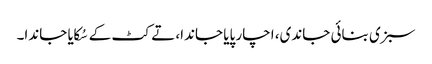
سبزی بنائی جاندی، اچار پایا جاندا، تے کٹ کے سُکایا جاندا۔